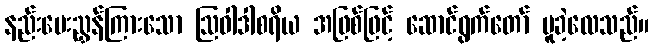
နည်းပေးညွှန်ကြားသော ဩဝါဒါစရိယ အဖြစ်ဖြင့် ဆောင်ရွက်တော် မူခဲ့လေသည်။